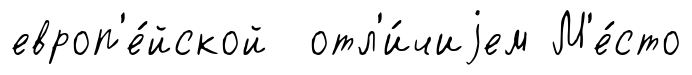
европ'е́йской отл'и́чиjем М'е́сто